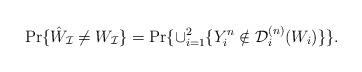
LaTeX: \begin{align*}\Pr\{\hat W_\mathcal{I} \ne W_\mathcal{I}\} = \Pr\{\cup_{i=1}^2\{Y_i^n \notin \mathcal{D}_i^{(n)}(W_i)\}\}.\end{align*}